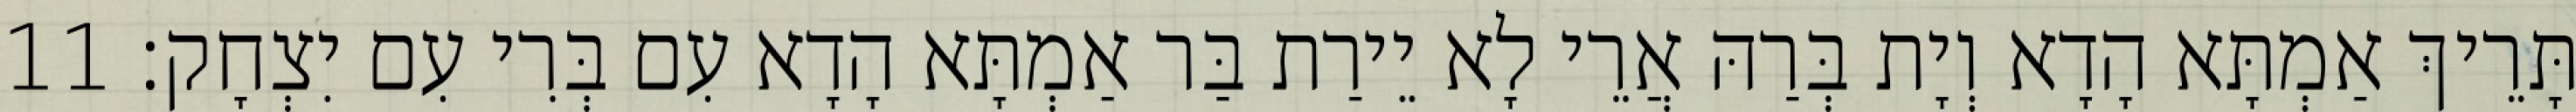
תָּרֵיךְ אַמְתָּא הָדָא וְיָת בְּרַהּ אֲרֵי לָא יֵירַת בַּר אַמְתָּא הָדָא עִם בְּרִי עִם יִצְחָק׃ 11